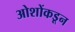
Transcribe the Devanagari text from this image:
ओशोंकडून